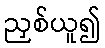
ညှစ်ယူ၍